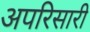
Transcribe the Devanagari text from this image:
अपरिसारी